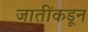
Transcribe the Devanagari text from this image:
जातींकडून